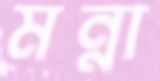
মন্না